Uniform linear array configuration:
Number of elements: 64
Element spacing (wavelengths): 1
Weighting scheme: cosine
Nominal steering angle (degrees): -30
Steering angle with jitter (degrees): -31.504
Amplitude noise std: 0.05
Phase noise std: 0.05

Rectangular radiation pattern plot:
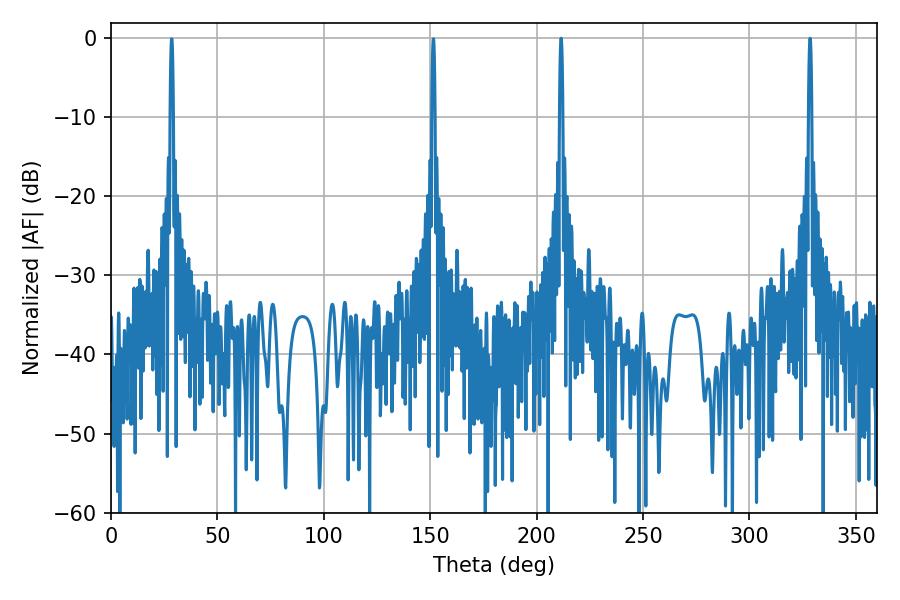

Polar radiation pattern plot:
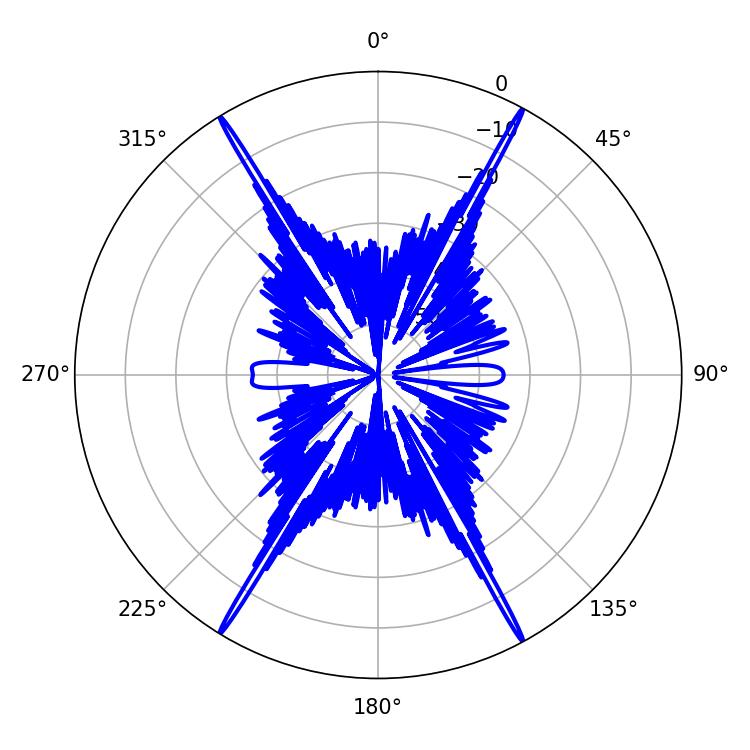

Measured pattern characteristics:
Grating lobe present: TRUE
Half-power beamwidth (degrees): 0.72
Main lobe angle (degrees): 211.5